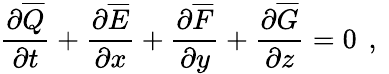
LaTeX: \frac{\partial\overline{{Q}}}{\partial t}+\frac{\partial\overline{{E}}}{\partial x}+\frac{\partial\overline{{F}}}{\partial y}+\frac{\partial\overline{{G}}}{\partial z}=0\, \mathrm{~,~}